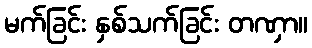
မက်ခြင်း နှစ်သက်ခြင်း တဏှာ။